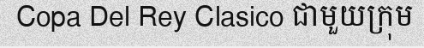
Copa Del Rey Clasico ជាមួយក្រុម